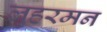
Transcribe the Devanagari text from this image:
लुहरमन